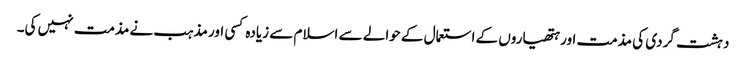
دہشت گردی کی مذمت اور ہتھیاروں کے استعمال کے حوالے سے اسلام سے زیادہ کسی اور مذہب نے مذمت نہیں کی۔